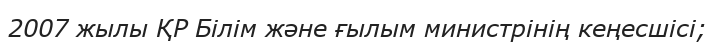
2007 жылы ҚР Білім және ғылым министрінің кеңесшісі;